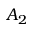
A _ { 2 }